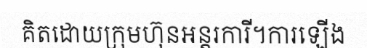
គិតដោយក្រុមហ៊ុនអន្តរការី។ការឡើង